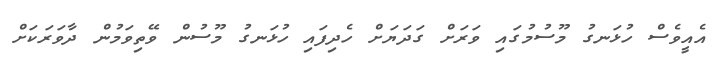
އެއީވެސް ހުޅަނގު މޫސުމުގައި ވަރަށް ގަދަޔަށް ހެދިފައި ހުޅަނގު މޫސުން ވޭތިވަމުން ދާވަރަކަށް